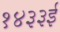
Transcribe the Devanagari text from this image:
१४३३ई